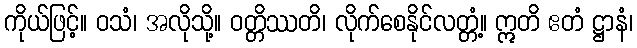
ကိုယ်ဖြင့်။ ဝသံ၊ အလိုသို့။ ဝတ္တိဿတိ၊ လိုက်စေနိုင်လတ္တံ့။ ဣတိ ဧတံ ဋ္ဌာနံ၊